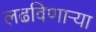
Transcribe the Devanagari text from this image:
लढविणाऱ्या